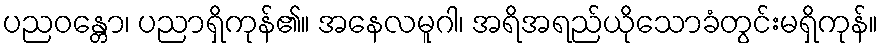
ပညဝန္တော၊ ပညာရှိကုန်၏။ အနေလမူဂါ၊ အရိအရည်ယိုသောခံတွင်းမရှိကုန်။